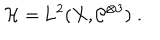
LaTeX: \mathcal H = \mathrm { L } ^ { 2 } ( X , \mathcal C ^ { \otimes 3 } ) \; .